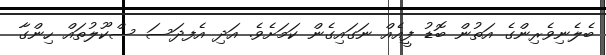
ބެލެނިވެރިންގެ އަތުން ބޮޑު ފީއެއް ނަގައިގެން ކަމަށެވެ. އަދި އެފދަސަ ސްކޫލުތައް ހިންގާ